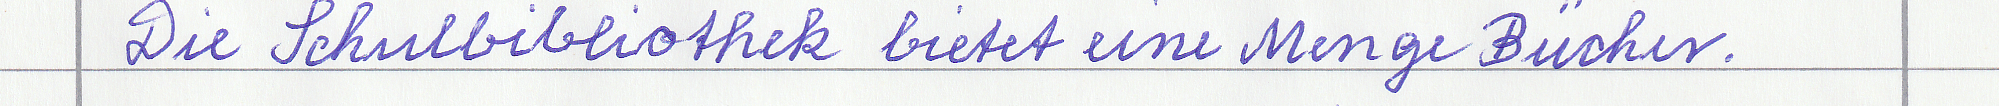
Die Schulbibliothek bietet eine Menge Bücher.